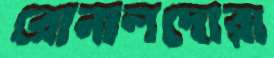
রোনালদোরা